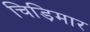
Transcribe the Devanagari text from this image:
चिड़िमार